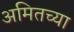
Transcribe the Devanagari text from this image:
अमितच्या